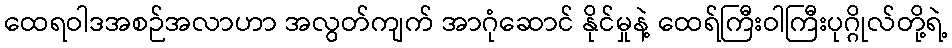
ထေရဝါဒအစဉ်အလာဟာ အလွတ်ကျက် အာဂုံဆောင် နိုင်မှုနဲ့ ထေရ်ကြီးဝါကြီးပုဂ္ဂိုလ်တို့ရဲ့